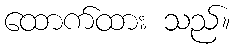
ထောက်ထား သည်။